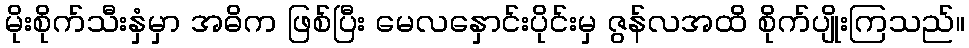
မိုးစိုက်သီးနှံမှာ အဓိက ဖြစ်ပြီး မေလနှောင်းပိုင်းမှ ဇွန်လအထိ စိုက်ပျိုးကြသည်။